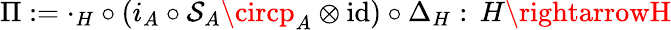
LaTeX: \Pi:=\cdot_{H}\circ(i_{A}\circ\mathcal{S}_{A}\circp_{A}\otimes\mathrm{{id}})\circ\Delta_{H}:\, H\rightarrowH